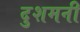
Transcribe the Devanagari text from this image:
दुशमनी